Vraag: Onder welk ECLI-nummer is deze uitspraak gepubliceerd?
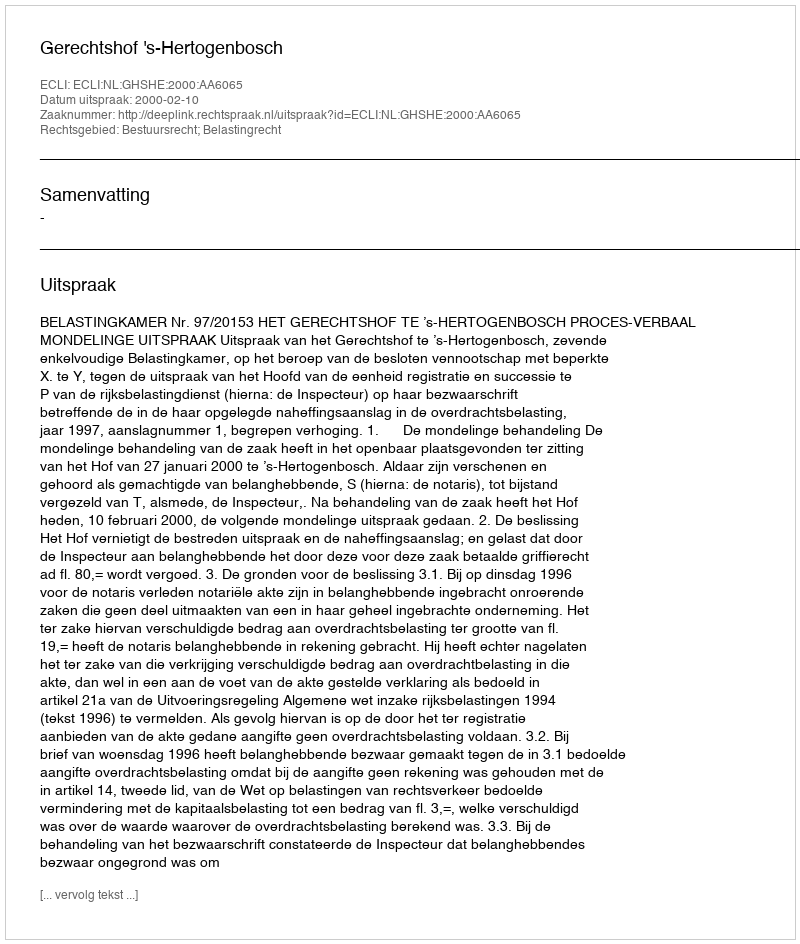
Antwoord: ECLI:NL:GHSHE:2000:AA6065